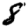
Digit: 8